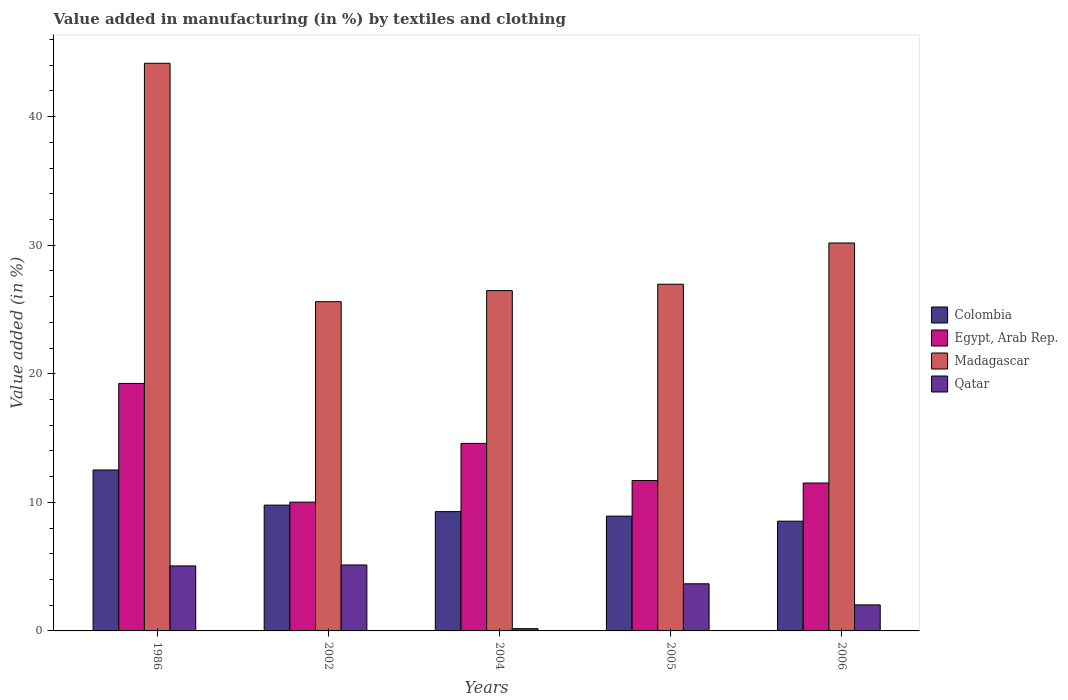
| Years | Colombia | Egypt, Arab Rep. | Madagascar | Qatar |
 | --- | --- | --- | --- | --- |
 | 1986 | 12.5 | 19.2 | 44.1 | 5.06 |
 | 2002 | 9.78 | 10 | 25.6 | 5.13 |
 | 2004 | 9.28 | 14.6 | 26.5 | 0.179 |
 | 2005 | 8.93 | 11.7 | 27 | 3.67 |
 | 2006 | 8.54 | 11.5 | 30.2 | 2.02 |